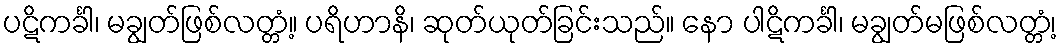
ပဋိကင်္ခါ၊ မချွတ်ဖြစ်လတ္တံ့။ ပရိဟာနိ၊ ဆုတ်ယုတ်ခြင်းသည်။ နော ပါဋိကင်္ခါ၊ မချွတ်မဖြစ်လတ္တံ့၊